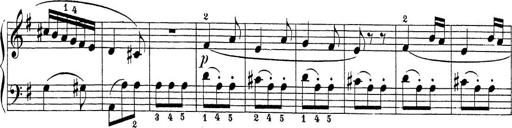
Title: Sonatina Album
Composer: Louis KÃ¶hler